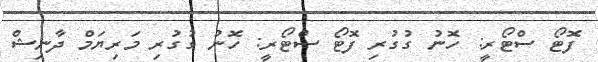
ފޮޓޯ ސްޓޯރީ: ހޮނު ގުގުރި ފޮޓޯ ސްޓޯރީ: ހޮނު ގުގުރި މަރިޔަމް ދާނިޝް